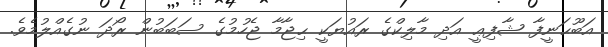
އަބޫޙަނީފާ ޝާފިޢީ އަދި މާލިކްގެ ރައުޔަކީ ޙިޖާމާ ޖެހުމުގެ ސަބަބުން ރޯދަ ނުގެއްލުމެވެ.